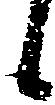
候